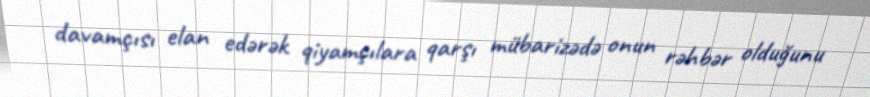
davamçısı elan edərək qiyamçılara qarşı mübarizədə onun rəhbər olduğunu